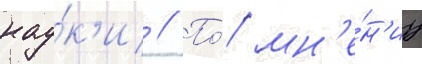
нау́к'и // По́ мн'е́н'иу